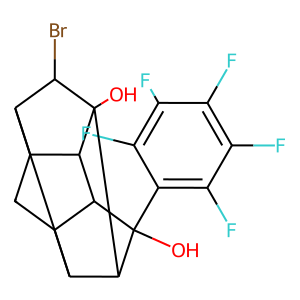
SMILES: OC1(c2c(F)c(F)c(F)c(F)c2F)C2C3CC4C5C3C1C(O)(C5Br)C42
Inhibits HIV replication: No